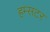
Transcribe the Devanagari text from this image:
हम्सटर